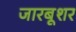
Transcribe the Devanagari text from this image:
जारबूशर